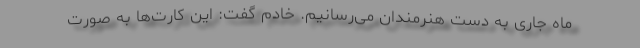
ماه جاری به دست هنرمندان می‌رسانیم. خادم گفت: این کارت‌ها به صورت